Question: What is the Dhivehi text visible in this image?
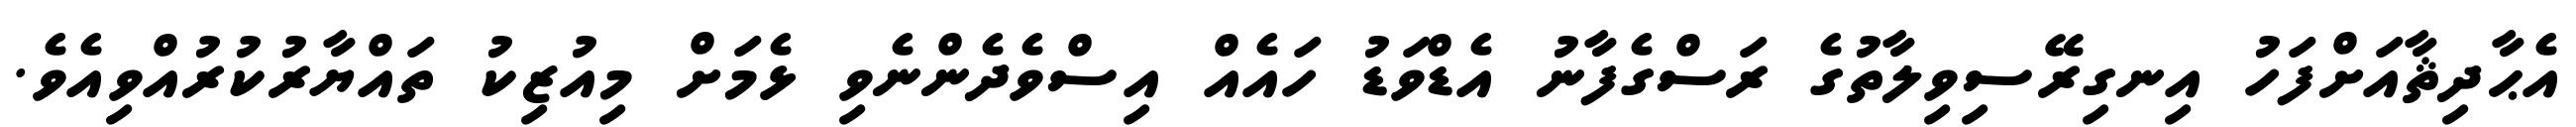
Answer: އެޙާދިޘާއަށްފަހު އިނގިރޭސިވިލާތުގެ ރަސްގެފާނު އެޑްވަޑު ހައެއް އިސްވެދެންނެވި ޅެމަށް މިއުޒިކު ތައްޔާރުކުރުއްވިއެވެ.